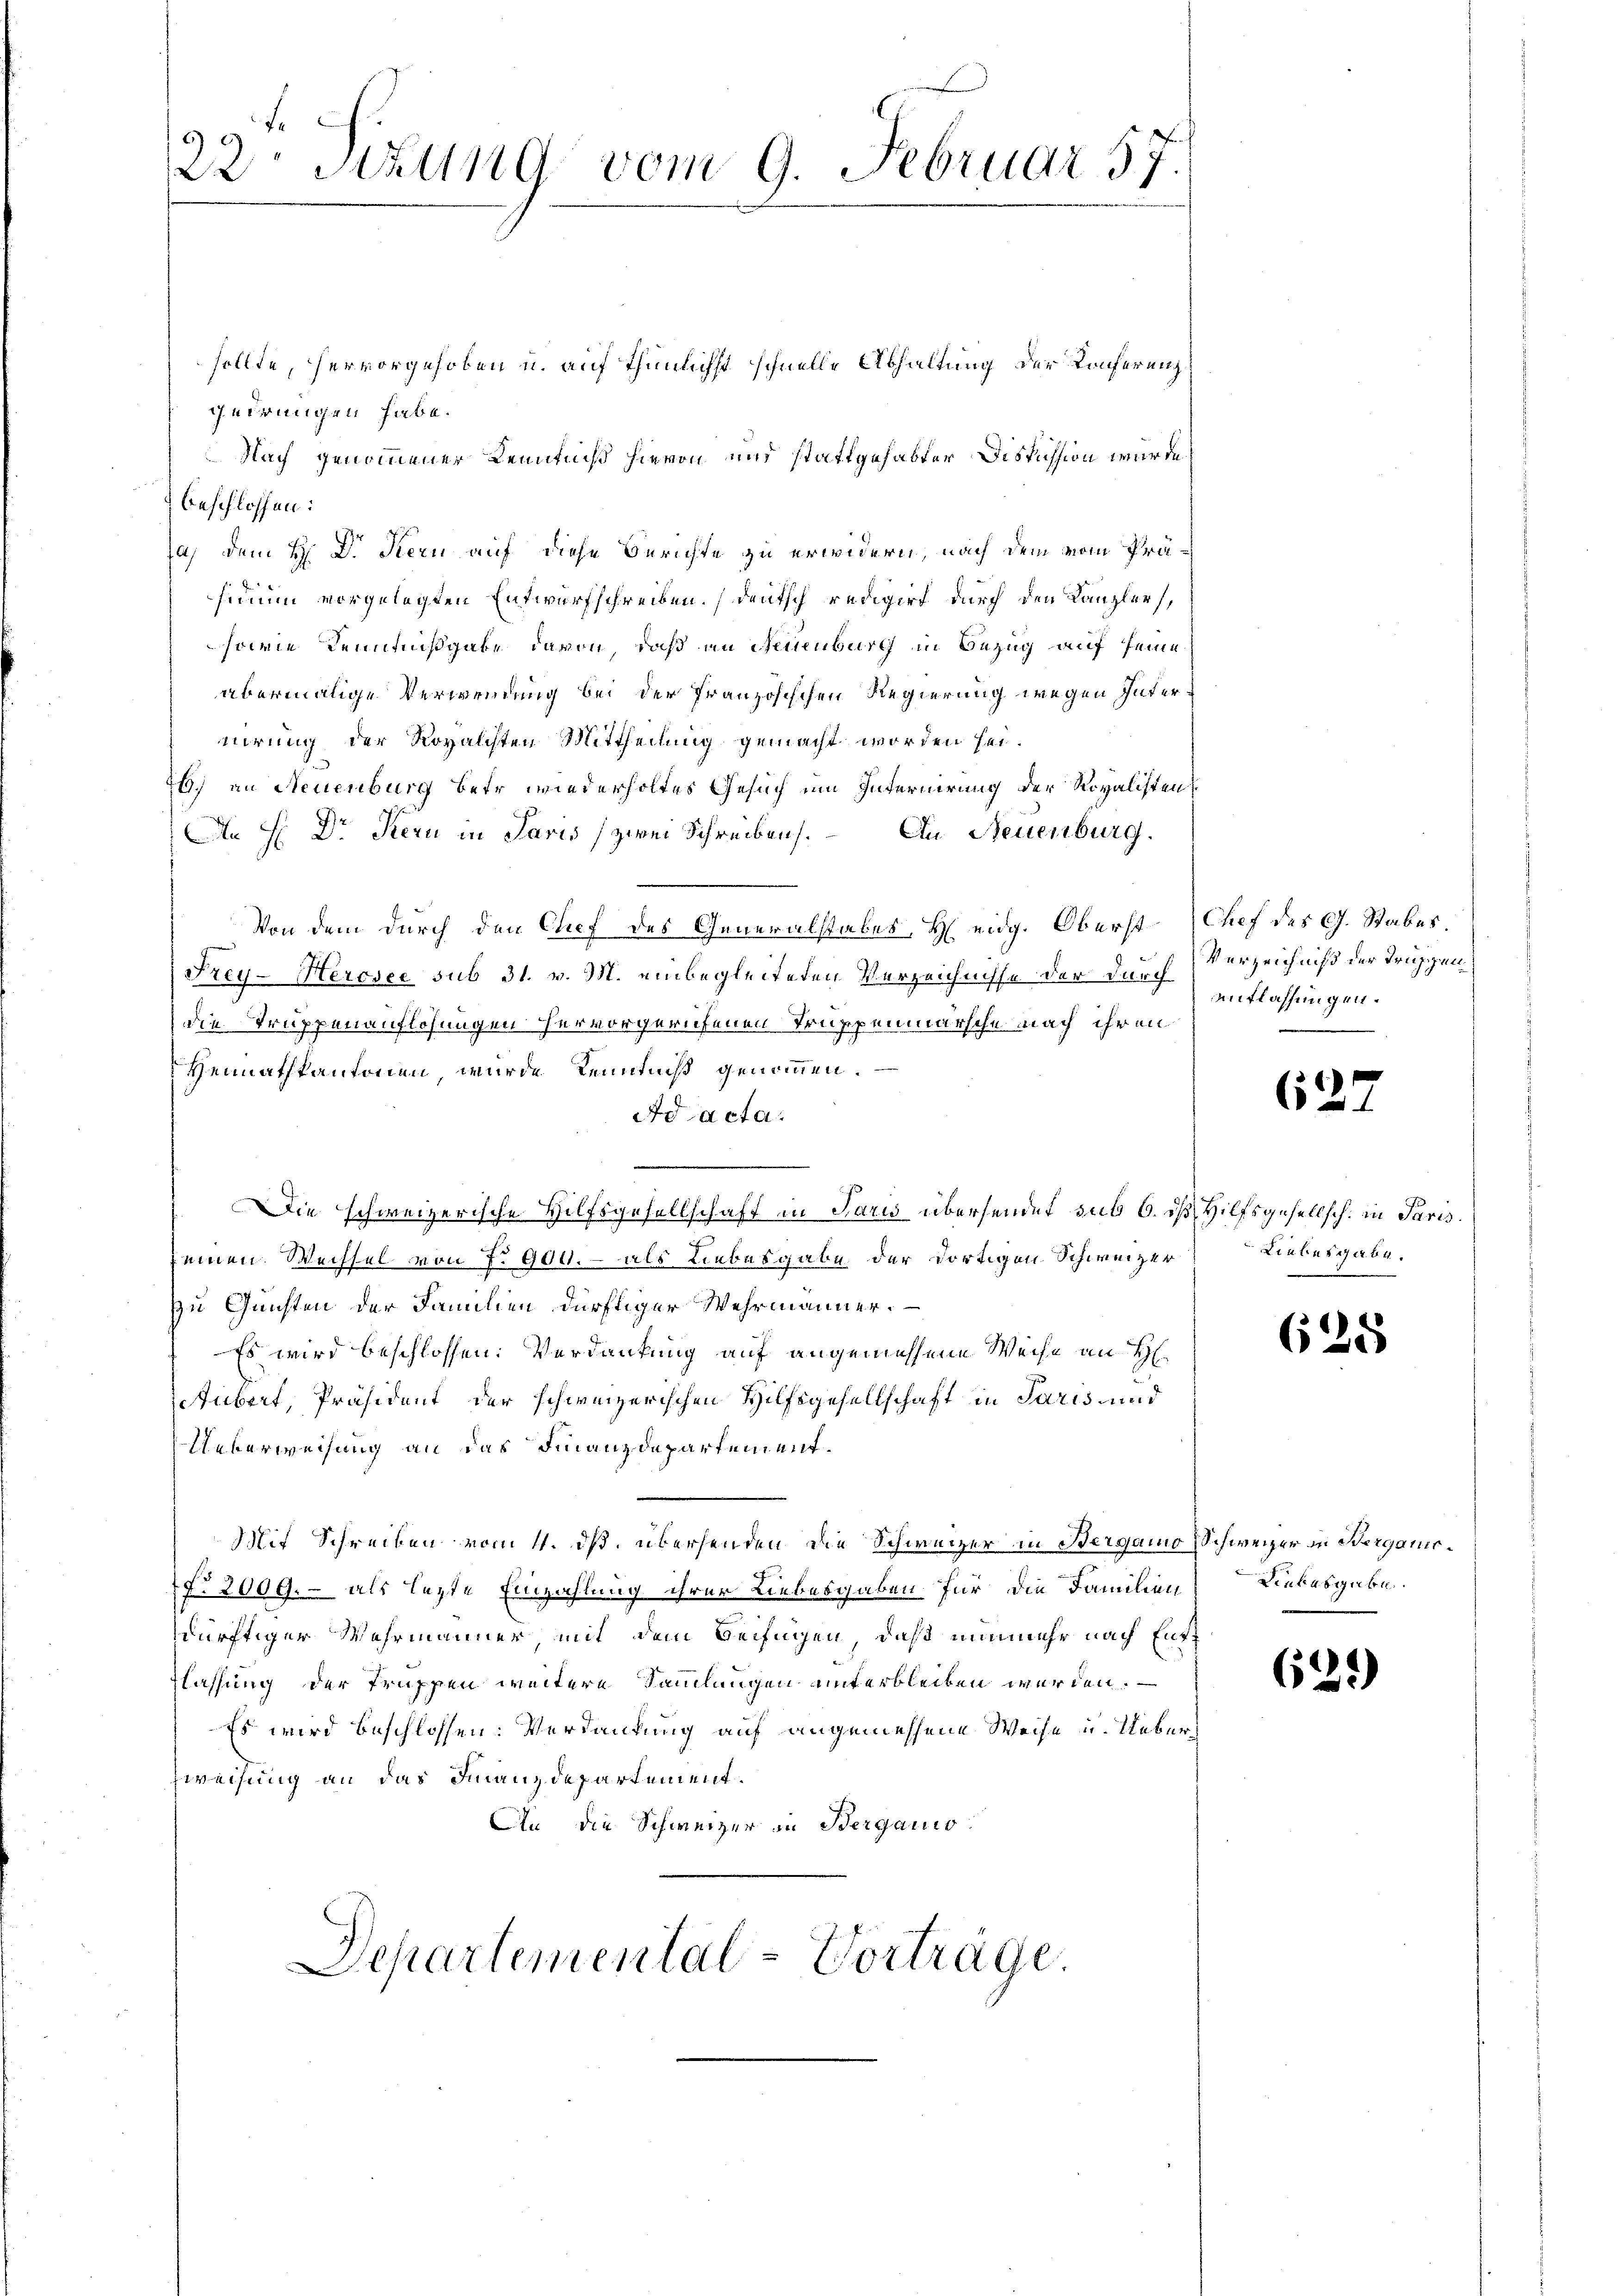
sollte, hervorgehoben u. auf thunlichst schnelle Abhaltung der Konferung
quirungen habe.
Nach genommener Kenntniß hievon und stattgehabter Diskussion wurde
) beschlossen:
Ja, dem H: Dr. Stern auf diese Berichte zu erwidern, nach dem vom Präsidium vorgelegten Entwurfschreiben. Deutsch redigirt durch den Kanzlers,
sowie Kenntnißgabe davon, daß an Neuenburg in Bezug auf seine
abermalige Verwendung bei der französischen Regierung wegen Internirung der Royalchten Mittheilung gemacht worden sei.
R.) an Neuenburg betr wiederholtes Gesuch um Internirung der Revalisten
An H. Dr Kern in Paris (zwei Schreiben. Au Neuenburg.
Von dem durch den Chef des Generalstabes H eidg. Oberst Chef des G. Stabes.
Frey-Hercsee sub 31. v. M. einbegleiteten Verzeichnisse der darf entlassungen
die Truppenauflösungen hervorgerufenen Truppenmarsche nach ihren
Heimathkantonen, wurde Kenntniß genommen.
Ao acta.
e
Die schweizerische Hilfsgesellschaft in Paris übersendet sub 6. ds Hilfsgesellsch. in Paris.
seinen Wechsel von f. 904. - als Liebesgabe der dortigen Schweizer Liebesgabe.
zu Gunsten der Familien dürftiger Wehrmänner.
Es wird beschlossen: Verdankung auf angemessene Weise an H
tübert, Präsident der schweizerischen Hilfsgesellschaft in Paris und
Ueberweisung an das Finanzdepartement¬
Mit Schreiben vom 4. ds. übersenden, die Schweizer in Bergamo Schweizer in Berganis¬
No. 2009. – als lezte Einzahlung ihrer Liebesgaben für die Familien Liebesgabe
dürftiger Wehrmänner, mit dem Beifügen, daß nunmehr nach Entlassung der Truppen weitere Sammlungen unterbleiben werden.
Es wird beschlossen: Verdankung auf angemessene Weise u. Ueber¬
Zweisung an das Finanzdepartement.
An die Schweizer in Berganis
Separtemental-Vortrage.

22 Stzung vom 9. Februar 17.

Verzeichniß der Truppen¬
.

627

625

639)